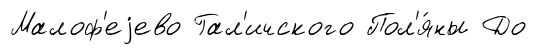
Малоф'еjево Гал'ичского Пол'я́ны До